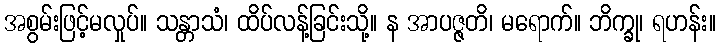
အစွမ်းဖြင့်မလှုပ်။ သန္တာသံ၊ ထိပ်လန့်ခြင်းသို့။ န အာပဇ္ဇတိ၊ မရောက်။ ဘိက္ခု၊ ရဟန်း။